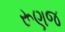
રૂણજ